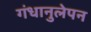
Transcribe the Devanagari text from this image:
गंधानुलेपन